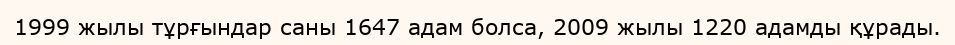
1999 жылы тұрғындар саны 1647 адам болса, 2009 жылы 1220 адамды құрады.